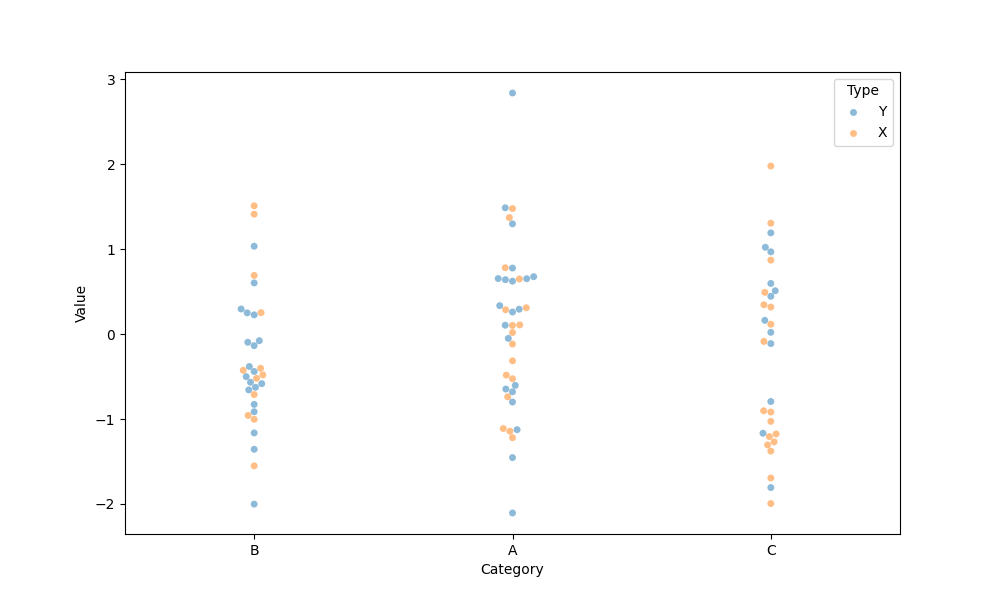
python, seaborn, swarmplot, dodge=False, alpha=0.5, size=5